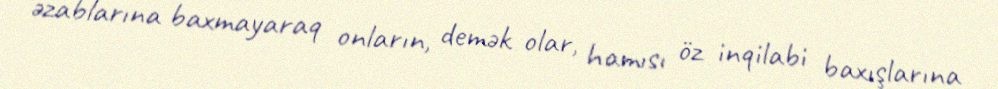
əzablarına baxmayaraq onların, demək olar, hamısı öz inqilabi baxışlarına